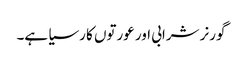
گورنر شرابی اور عورتوں کا رسیا ہے۔